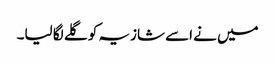
میں نے اسے شازیہ کو گلے لگا لیا۔